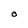
Character: O